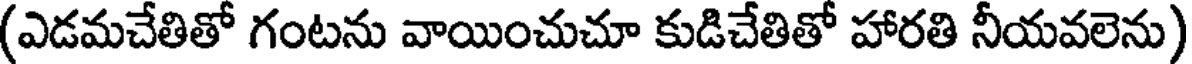
(ఎడమచేతితో గంటను వాయించుచూ కుడిచేతితో హారతి నీయవలెను)